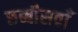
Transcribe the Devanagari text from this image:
छब्बीसवाँ